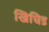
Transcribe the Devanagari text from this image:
खिचिड